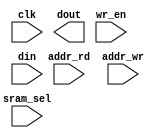

module cfg_ram_ibf_mux 
  # ( 
      parameter ADDR_WIDTH = 4 ,  
                DATA_DEPTH = 0 ,
                DATA_WIDTH = 32,
                RAM_INDEX  = 0 ,
                INIT_FILE  = ""

  )

(
    input                       clk ,
    // input                       rst ,

    input   [ADDR_WIDTH-1:0]    addr_rd ,
    output  [DATA_WIDTH-1:0]    dout    ,

    input   [1:0]               addr_wr ,
    input   [3:0]               sram_sel,
    input                       wr_en ,
    input   [63:0]              din  

);


// wire    wr_en_sel ;
// assign  wr_en_sel = (sram_sel==RAM_INDEX)&wr_en;

reg   [1:0]               ff_addr_wr  ;
reg   [3:0]               ff_sram_sel ;
reg                       ff_wr_en    ;
reg   [63:0]              ff_din      ;


always @(posedge clk) begin
    ff_addr_wr  <= addr_wr  ;
    ff_sram_sel <= sram_sel ;
    ff_wr_en    <= wr_en    ;
    ff_din      <= din      ;
end



localparam RAM_NUM = DATA_WIDTH/64;



genvar j;
generate
    for (j=0; j<RAM_NUM; j=j+1) begin : CFG_SRAM_UNIT_MUX
        
      cfg_ram_unit 
      #(
        .ADDR_WIDTH (2 ),
        .DATA_DEPTH (4 ),
        .DATA_WIDTH (64 ),
        .RAM_INDEX  (RAM_INDEX*RAM_NUM+j  ),
        .RAM_INDEX_IN_GROUP  (j  ), // sram7
        .INIT_FILE  (INIT_FILE  )
      )
      u_cfg_ram_unit(
        .clk      (clk      ),
        .addr_rd  (addr_rd  ),
        .dout     (dout[64*j +: 64]     ),
        .addr_wr  (ff_addr_wr  ),
        .sram_sel (ff_sram_sel ),
        .wr_en    (ff_wr_en    ),
        .din      (ff_din      )
      );

    end
endgenerate






// assign  dout = {} ;











    
endmodule




// xpm_memory_spram # (

//   // Common module parameters
//   .MEMORY_SIZE        ((2**ADDR_WIDTH)*DATA_WIDTH),           //positive integer
//   .MEMORY_PRIMITIVE   ("distributed"),         //string; "auto", "distributed", "block" or "ultra";
//   .MEMORY_INIT_FILE   (INIT_FILE),         //string; "none" or "<filename>.mem" 
//   .MEMORY_INIT_PARAM  (""    ),         //string;
//   .USE_MEM_INIT       (1),              //integer; 0,1
//   .WAKEUP_TIME        ("disable_sleep"),//string; "disable_sleep" or "use_sleep_pin" 
//   .MESSAGE_CONTROL    (0),              //integer; 0,1

//   // Port A module parameters
//   .WRITE_DATA_WIDTH_A (DATA_WIDTH),             //positive integer
//   .READ_DATA_WIDTH_A  (DATA_WIDTH),             //positive integer
//   .BYTE_WRITE_WIDTH_A (DATA_WIDTH),             //integer; 8, 9, or WRITE_DATA_WIDTH_A value
//   .ADDR_WIDTH_A       (ADDR_WIDTH),              //positive integer
//   .READ_RESET_VALUE_A ("0"),            //string
//   .ECC_MODE           ("no_ecc"),       //string; "no_ecc", "encode_only", "decode_only" or "both_encode_and_decode" 
//   .AUTO_SLEEP_TIME    (0),              //Do not Change
//   .READ_LATENCY_A     (1),              //non-negative integer
//   .WRITE_MODE_A       ("read_first")    //string; "write_first", "read_first", "no_change" 

// ) xpm_memory_spram_inst (

//   // Common module ports
//   .sleep          (1'b0),

//   // Port A module ports
//   .clka           (clk),
//   .rsta           (rst),
//   .ena            (1'b1),
//   .regcea         (1'b1),
//   .wea            (wr_en_sel),
//   .addra          (addr),
//   .dina           (din),
//   .injectsbiterra (1'b0),
//   .injectdbiterra (1'b0),
//   .douta          (dout),
//   .sbiterra       (),
//   .dbiterra       ()

// );